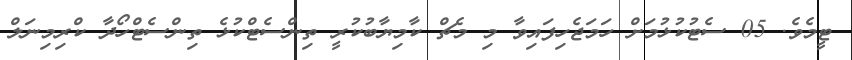
ޓީމެވެ. 05 ސެޓުކުޅުމަށް ހަމަޖެހިފައިވާ މި މެޗް ކާމިޔާބުކުރީ ތިންސެޓްކުޅެ ތިންސެޓްހޯދާ ކްރިމިނަލް